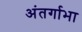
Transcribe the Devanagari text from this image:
अंतर्गाभा